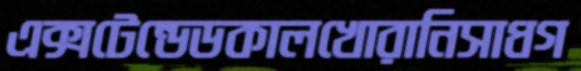
এক্সটেন্ডেডকালখোরানিসাধগ